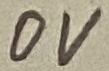
Text: 0V